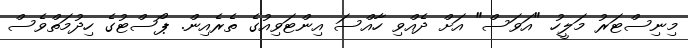
މިނިސްޓަރު މަލީހު "އަވަސް" އަށް ދެއްވި ހާއްސަ އިންޓަވިއުގެ ތެރެއިން. ޕޯސްޓުގެ ހިދުމަތްވެސް